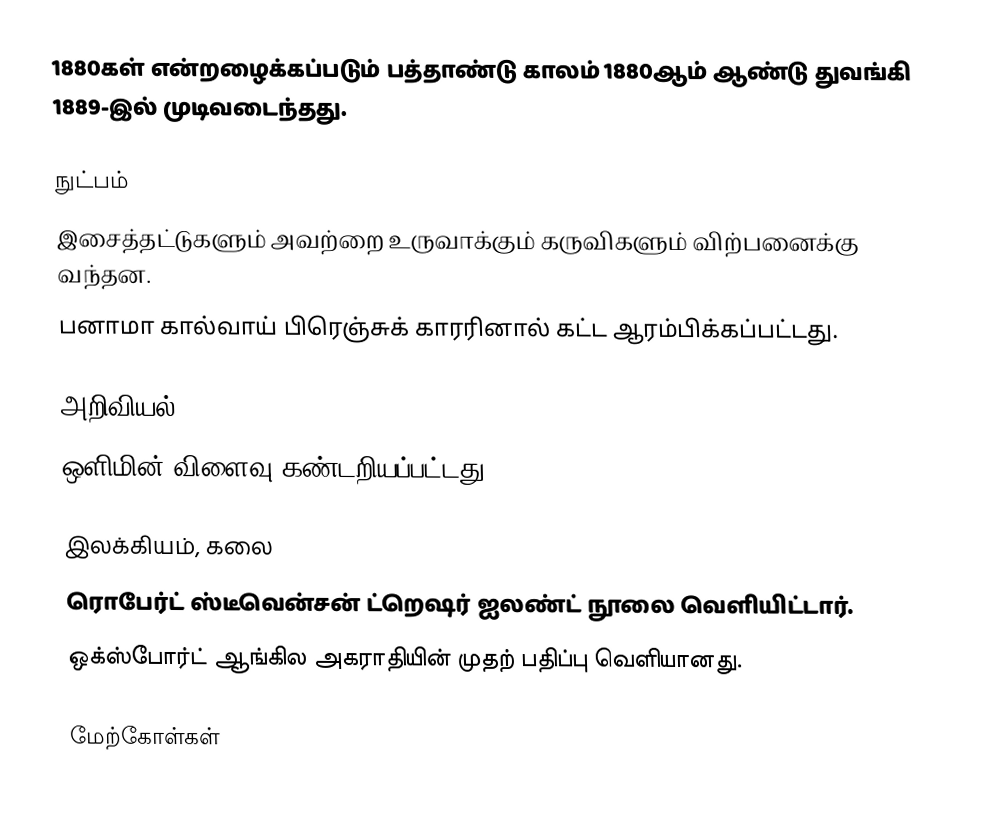
1880கள் என்றழைக்கப்படும் பத்தாண்டு காலம் 1880ஆம் ஆண்டு துவங்கி 1889-இல் முடிவடைந்தது.

நுட்பம்
 இசைத்தட்டுகளும் அவற்றை உருவாக்கும் கருவிகளும் விற்பனைக்கு வந்தன.
 பனாமா கால்வாய் பிரெஞ்சுக் காரரினால் கட்ட ஆரம்பிக்கப்பட்டது.

அறிவியல்
 ஒளிமின் விளைவு கண்டறியப்பட்டது.

இலக்கியம், கலை
 ரொபேர்ட் ஸ்டீவென்சன் ட்றெஷர் ஐலண்ட் நூலை வெளியிட்டார்.
 ஒக்ஸ்போர்ட் ஆங்கில அகராதியின் முதற் பதிப்பு வெளியானது.

மேற்கோள்கள்